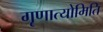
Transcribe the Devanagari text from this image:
गृणात्योमिति